Calcutta medical institutions reports 1879-81 [i.e.91]
Year: 1879
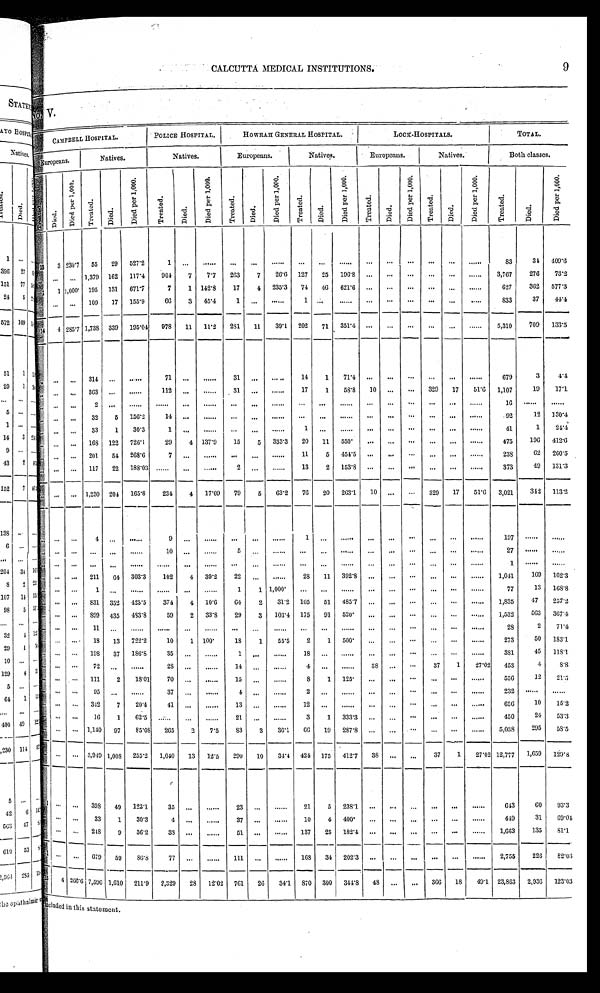
CALCUTTA MEDICAL INSTITUTIONS.
9
N o . V .
C A MP B E L L H O S P I T A L .
P O L I C E H O S P I T A L .
H O W R A H G E N E R A L H O S P I T A L .
L O C K - H O S P I T A L S .
T O T A L .
Europeans.
Natives.
Natives.
Europeans.
N a t i v e s .
Europeans.
N a t i v e s .
B o t h c l a s s e s .
T r e a t e d . Di e d.
D i e d p e r 1 , 0 0 0 .
T r e a t e d .
Di ed.
D i e d p e r 1 , 0 0 0 .
T r e a t e d .
D i e d .
D i e d p e r 1 , 0 0 0 .
T r e a t e d .
Di ed.
D i e d p e r 1 , 0 0 0 .
T r e a t e d .
Died.
D i e d p e r 1 , 0 0 0 .
T r e a t e d .
D i e d .
D i e d p e r 1 , 0 0 0 .
T r e a t e d .
D i e d .
D i e d p e r 1 , 0 0 0 .
T r e a t e d .
D i e d .
D i e d p e r 1 , 0 0 0 .
1 3
3
2 3 0 . 7
5 5
2 9
5 2 7 . 2
1
. . .
. . .
. . .
. . .
. . . . . .
. . .
. . .
. . .
. . .
. . .
. . .
. . .
. . .
8 3
3 4
4 0 9 . 6
. . . . . . . . .
1 , 3 7 9
1 6 2
1 1 7 . 4
9 0 4
7
7 . 7
2 6 3
7
2 6 . 6
1 2 7
2 5
1 9 6 . 8
. . .
. . .
. . .
. . .
. . .
. . .
3 , 7 6 7
2 7 6
7 3 . 2
1
1
1 , 0 0 0
1 9 5
1 3 1
6 7 1 . 7
7
1
1 4 2 . 8
1 7
4
2 3 5 . 3
7 4
4 6
6 2 1 . 6
. . .
. . .
. . .
. . .
. . .
. . .
6 2 7
3 6 2
5 7 7 . 3
. . . . . .
. . .
1 0 9
1 7
1 5 5 . 9
6 6
3
4 5 . 4
1 . . .
. . .
1
. . .
. . .
. . .
. . .
. . .
. . .
. . .
. . .
8 3 3
3 7
4 4 . 4
1 4
4
2 8 5 . 7
1 , 7 3 8
3 3 9
1 9 5 . 0 4
9 7 8
1 1
1 1 . 2
2 8 1
1 1
3 9 . 1
2 0 2
7 1
3 5 1 . 4
. . .
. . . . . .
. . .
. . .
. . .
5 , 3 1 0
7 0 9
1 3 3 . 5
. . .
. . .
. . .
3 1 4 . . .
. . .
7 1
. . .
. . .
3 1 . . .
. . .
1 4
1
7 1 . 4
. . .
. . .
. . .
. . .
. . .
. . .
6 7 9
3
4 . 4
. . . . . .
. . .
3 6 3 . . .
. . .
1 1 2
. . .
. . .
3 1 . . .
. . .
1 7
1
5 8 . 8
1 0 . . .
. . .
3 2 9
1 7
5 1 . 6
1 , 1 0 7
1 9
1 7 . 1
. . . . . . . . .
2 . . .
. . .
. . .
. . .
. . .
. . . . . .
. . .
. . . . . .
. . .
. . . . . . . . .
. . .
. . .
. . .
1 6
. . .
. . .
. . . . . . . . .
3 2
5
1 5 6 . 2
1 4 . . .
. . .
. . .
. . .
. . . . . .
. . .
. . .
. . .
. . .
. . .
. . .
. . .
. . .
9 2
1 2
1 3 0 . 4
. . . . . .
. . .
3 3
1
3 0 . 3
1
. . .
. . . . . .
. . .
. . .
1
. . .
. . .
. . .
. . .
. . .
. . .
. . .
. . .
4 1
1
2 4 . 4
. . . . . .
. . .
1 6 8
1 2 2
7 2 6 . 1
2 9
4
1 3 7 . 9
1 5
5
3 3 3 . 3
2 0
1 1
5 5 0
. . .
. . . . . .
. . .
. . .
. . .
4 7 5
1 9 6
4 1 2 . 6
. . . . . .
. . .
2 0 1
5 4
2 6 8 . 6
7
. . .
. . .
. . .
. . .
. . .
1 1
5
4 5 4 . 5
. . .
. . .
. . .
. . .
. . .
. . .
2 3 8
6 2
2 6 0 . 5
. . . . . .
. . .
1 1 7
2 2
1 8 8 . 0 3
. . .
. . .
. . .
2 . . .
. . .
1 3
2
1 5 3 . 8
. . .
. . .
. . .
. . .
. . .
. . .
3 7 3
4 9
1 3 1 . 3
. . .
. . .
. . .
1 , 2 3 0
2 0 4
1 6 5 . 8
2 3 4
4
1 7 . 0 9
7 9
5
6 3 . 2
7 6
2 0
2 6 3 . 1
1 0 . . .
. . .
3 2 9
1 7
5 1 . 6
3 , 0 2 1
3 4 2
1 1 3 . 2
. . . . . .
. . .
4 . . .
. . .
9
. . .
. . .
. . .
. . .
. . .
1
. . .
. . .
. . .
. . . . . .
. . .
. . .
. . .
1 9 7
. . .
. . .
. . . . . .
. . . . . .
. . .
. . .
1 0
. . .
. . .
5
. . .
. . . . . .
. . .
. . .
. . .
. . .
. . .
. . .
. . .
. . .
2 7
. . .
. . .
. . . . . .
. . . . . .
. . .
. . .
. . .
. . .
. . . . . .
. . .
. . . . . .
. . .
. . .
. . .
. . .
. . .
. . .
. . .
. . .
1
. . .
. . .
. . . . . .
. . .
2 1 1
6 4
3 0 3 . 3
1 0 2
4
3 9 . 2
2 2
. . .
. . .
2 8
1 1
3 9 2 . 8
. . .
. . .
. . .
. . .
. . .
. . .
1 , 0 4 1
1 6 9
1 6 2 . 3
. . . . . . . .
. . .
1 . . .
. . .
. . .
. . .
. . .
1
1
1 , 0 0 0 . . .
. . .
. . .
. . .
. . .
. . .
. . .
. . .
. . .
7 7
1 3
1 6 8 . 8
. . . . . .
. . .
8 3 1
3 5 2
4 2 3 . 5
3 7 4
4
1 0 . 6
6 4
2
3 1 . 2
1 0 5
5 1
4 8 5 . 7
. . .
. . .
. . .
. . .
. . .
. . .
1 , 8 3 5
4 7
2 5 7 . 2
. . . . . .
. . .
8 9 9
4 3 5
4 8 3 . 8
5 9
2
3 3 . 8
2 9
3
1 0 3 . 4
1 7 5
9 1
5 2 0
. . .
. . .
. . .
. . .
. . .
. . .
1 , 5 3 2
5 6 3
3 6 7 . 4
. . . . . .
. . .
1 1
. . .
. . .
. . .
. . .
. . . . . .
. . .
. . .
. . .
. . .
. . . . . .
. . .
. . .
. . .
. . .
. . .
2 8
2
7 1 . 4
. . . . . .
. . .
1 8
1 3
7 2 2 . 2
1 0
1
1 0 0
1 8
1
5 5 . 5
2
1
5 0 0
. . .
. . .
. . .
. . .
. . .
. . .
2 7 3
5 0
1 8 3 . 1
. . . . . .
. . .
1 9 8
3 7
1 8 6 . 8
3 5
. . .
. . .
1
. . .
. . .
1 8
. . .
. . .
. . .
. . .
. . .
. . .
. . .
. . .
3 8 1
4 5
1 1 8 . 1
. . . . . .
. . .
7 2 . . .
. . .
2 8
. . .
. . .
1 4
. . .
. . .
4
. . .
. . .
3 8 . . . . . .
3 7
1
2 7 . 0 2
4 5 3
4
8 . 8
. . . . . .
. . .
1 1 1
2
1 8 . 0 1
7 0
. . .
. . .
1 5
. . .
. . .
8
1
1 2 5
. . .
. . . . . .
. . .
. . .
. . .
5 5 6
1 2
2 1 . 5
. . .
. . . . . .
9 5 . . .
. . .
3 7
. . .
. . .
4
. . .
. . .
2
. . .
. . .
. . .
. . . . . .
. . .
. . .
. . .
2 3 2
. . .
. . .
. . . . . .
. . .
3 4 2
7
2 0 . 4
4 1
. . .
. . .
1 3 . . .
. . .
1 2
. . .
. . .
. . .
. . .
. . .
. . .
. . .
. . .
6 5 6
1 0
1 5 . 2
. . . . . .
. . .
1 6
1
6 2 . 5
. . .
. . .
. . .
2 1
. . .
. . .
3
1
3 3 3 . 3
. . .
. . .
. . .
. . .
. . .
. . .
4 5 0
2 4
5 3 . 3
. . . . . .
. . .
1 , 1 4 0
9 7
8 5 . 0 8
2 6 5
2
7 . 5
8 3
3
3 6 . 1
6 6
1 9
2 8 7 . 8
. . .
. . .
. . .
. . .
. . .
. . .
5 , 0 3 8
2 9 5
5 8 . 5
. . . . . .
. . .
3 , 9 4 9
1 , 0 0 8
2 5 5 . 2
1 , 0 4 0
1 3
1 2 . 5
2 9 0
1 0
3 4 . 4
4 2 4
1 7 5
4 1 2 . 7
3 8 . . . . . .
3 7
1
2 7 . 0 2
1 2 , 7 7 7
1 , 6 5 9
1 2 9 . 8
1
. . .
. . .
3 9 8
4 9
1 2 3 . 1
3 5
. . .
. . .
2 3
. . .
. . .
2 1
5
2 3 8 . 1
. . . . . .
. . .
. . . . . .
. . .
6 4 3
6 0
9 3 . 3
. . . . . .
. . .
3 3
1
3 0 . 3
4
. . .
. . .
3 7
. . .
. . .
1 0
4
4 0 0
. . .
. . .
. . .
. . .
. . .
. . .
4 4 9
3 1
6 9 . 0 4
. . .
. . .
. . .
2 4 8
9
3 6 . 2
3 8
. . .
. . .
5 1
. . .
. . .
1 3 7
2 5
1 8 2 . 4
. . . . . .
. . .
. . . . . .
. . .
1 , 6 6 3
1 3 5
8 1 . 1
1 . . .
. . .
6 7 9
5 9
8 6 . 8
7 7
. . .
. . .
1 1 1
. . .
. . .
1 6 8
3 4
2 0 2 . 3
. . . . . .
. . .
. . . . . .
. . .
2 , 7 5 5
2 2 6
8 2 . 0 3
1 5
4
2 6 6 . 6
7 , 5 9 6
1 , 6 1 0
2 1 1 . 9
2 , 3 2 9
2 8
1 2 . 0 2
7 6 1
2 6
3 4 . 1
8 7 0
3 0 0
3 4 4 . 8
4 8 . . .
. . .
3 6 6
1 8
4 9 . 1
2 3 , 8 6 3
2 , 9 3 6
1 2 3 . 0 3
included in this statement.